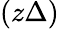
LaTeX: (z\Delta)